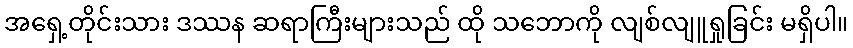
အရှေ့တိုင်းသား ဒဿန ဆရာကြီးများသည် ထို သဘောကို လျစ်လျူရှုခြင်း မရှိပါ။